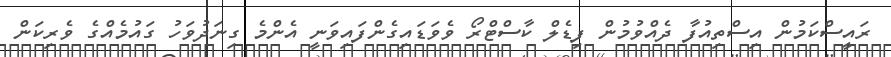
ރައީސްކަމުން އިސްތިއުފާ ދެއްވުމުން ފިޑެލް ކާސްޓްރޯ ވެވަޑައިގެންފައިވަނީ އެންމެ ގިނަދުވަހު ގައުމެއްގެ ވެރިކަން